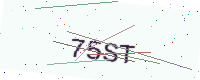
Text: 75ST